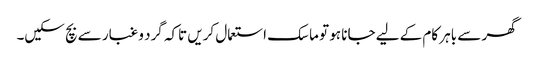
گھر سے باہر کام کے لیے جانا ہو تو ماسک استعمال کریں تاکہ گرد و غبار سے بچ سکیں۔